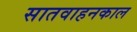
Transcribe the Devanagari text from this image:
सातवाहनकाल